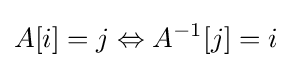
A[i]=j\Leftrightarrow A^{-1}[j]=i